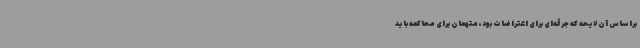
براساس آن لایحه که جرقه‌ای برای اعتراضات بود، متهمان برای محاکمه باید